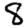
Digit: 8